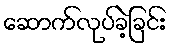
ဆောက်လုပ်ခဲ့ခြင်း